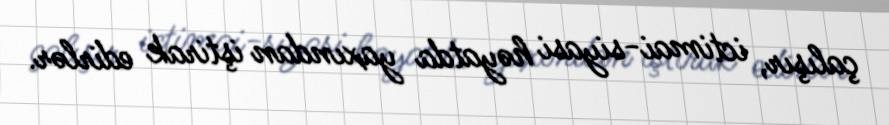
çalışır, ictimai-siyasi həyatda yaxından iştirak edirlər.